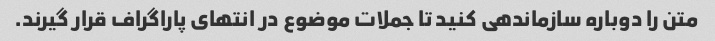
متن را دوباره سازماندهی کنید تا جملات موضوع در انتهای پاراگراف قرار گیرند.